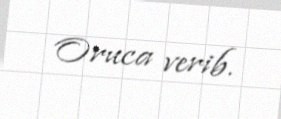
Oruca verib.